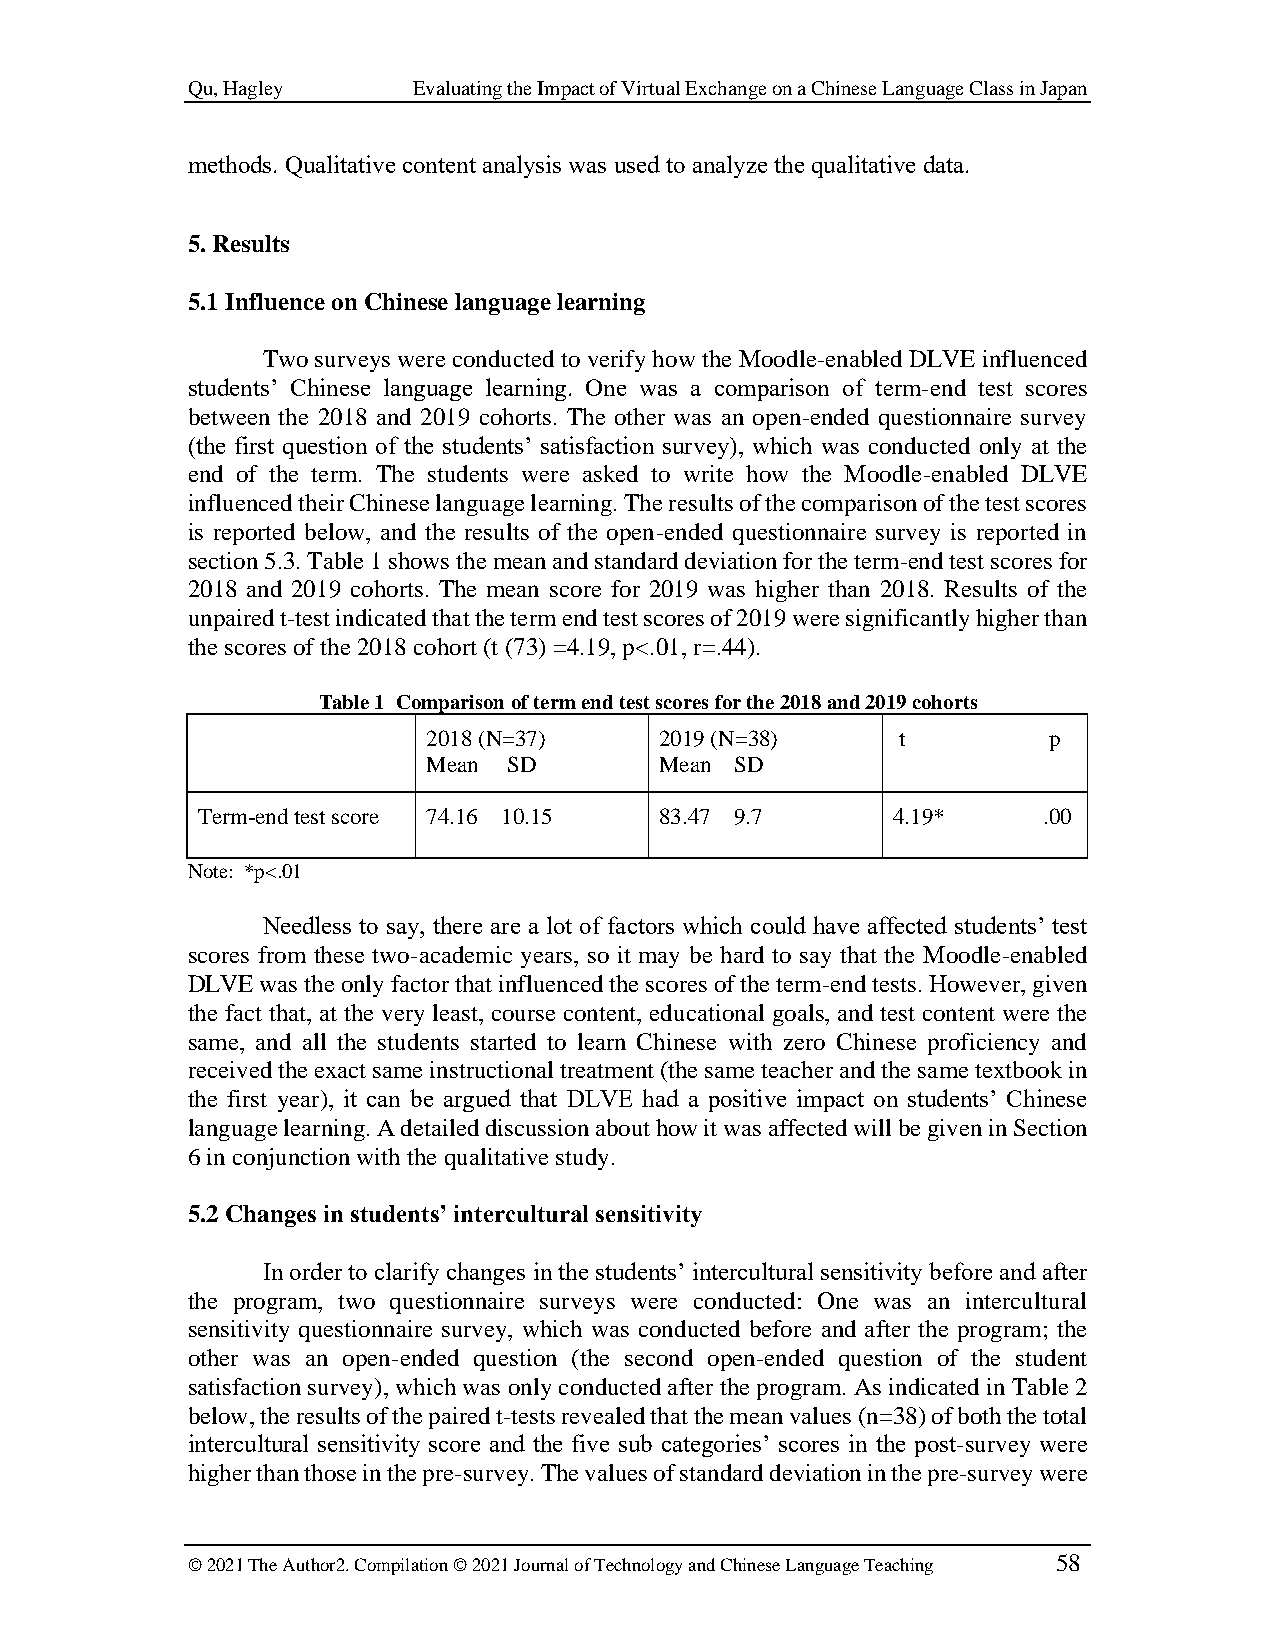
Qu, Hagley     Evaluating the Impact of Virtual Exchange on a Chinese Language Class in Japan
 methods. Qualitative content analysis was used to analyze the qualitative data.
 5. Results
 5.1 Influence on Chinese language learning
 Two surveys were conducted to verify how the Moodle-enabled DLVE influenced
 students’ Chinese language learning. One was a comparison of term-end test scores
 between the 2018 and 2019 cohorts. The other was an open-ended questionnaire survey
 (the first question of the students’ satisfaction survey), which was conducted only at the
 end of the term. The students were asked to write how the Moodle-enabled DLVE
 influenced their Chinese language learning. The results of the comparison of the test scores
 is reported below, and the results of the open-ended questionnaire survey is reported in
 section 5.3. Table 1 shows the mean and standard deviation for the term-end test scores for
 2018 and 2019 cohorts. The mean score for 2019 was higher than 2018. Results of the
 unpaired t-test indicated that the term end test scores of 2019 were significantly higher than
 the scores of the 2018 cohort (t (73) =4.19, p<.01, r=.44).
 Table 1 Comparison of term end test scores for the 2018 and 2019 cohorts
 2018 (N=37)     2019 (N=38)     t        p
 Mean  SD        Mean SD
 Term-end test score 74.16 10.15 83.47 9.7     4.19*     .00
 Note: *p<.01
 Needless to say, there are a lot of factors which could have affected students’ test
 scores from these two-academic years, so it may be hard to say that the Moodle-enabled
 DLVE was the only factor that influenced the scores of the term-end tests. However, given
 the fact that, at the very least, course content, educational goals, and test content were the
 same, and all the students started to learn Chinese with zero Chinese proficiency and
 received the exact same instructional treatment (the same teacher and the same textbook in
 the first year), it can be argued that DLVE had a positive impact on students’ Chinese
 language learning. A detailed discussion about how it was affected will be given in Section
 6 in conjunction with the qualitative study.
 5.2 Changes in students’ intercultural sensitivity
 In order to clarify changes in the students’ intercultural sensitivity before and after
 the program, two questionnaire surveys were conducted: One was an intercultural
 sensitivity questionnaire survey, which was conducted before and after the program; the
 other was an open-ended question (the second open-ended question of the student
 satisfaction survey), which was only conducted after the program. As indicated in Table 2
 below, the results of the paired t-tests revealed that the mean values (n=38) of both the total
 intercultural sensitivity score and the five sub categories’ scores in the post-survey were
 higher than those in the pre-survey. The values of standard deviation in the pre-survey were
 © 2021 The Author2. Compilation © 2021 Journal of Technology and Chinese Language Teaching 58